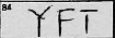
Transcription: YFT